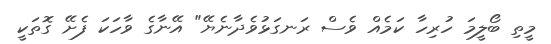
މީތި ބޯލީމަ ހުރިހާ ކަމެއް ވެސް ރަނގަޅުވެދާނެޔޭ" އޭނާގެ ވާހަކަ ފެށޭ ގޮތަކީ